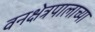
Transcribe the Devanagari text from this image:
वनक्षेत्रपालाच्या